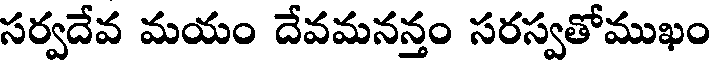
సర్వదేవ మయం దేవమనన్తం సరస్వతోముఖం